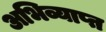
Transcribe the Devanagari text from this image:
अभिव्याप्त